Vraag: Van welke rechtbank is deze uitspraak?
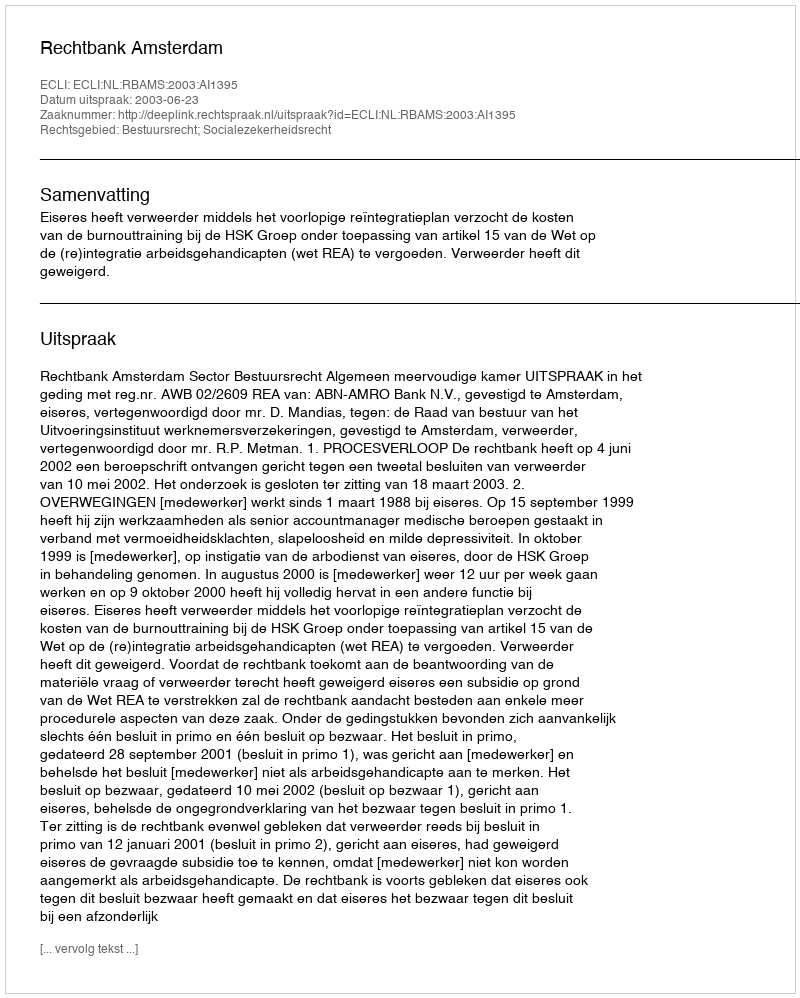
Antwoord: Rechtbank Amsterdam